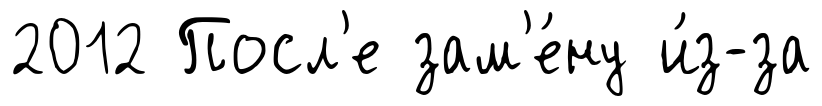
2012 Посл'е зам'е́ну и́з-за